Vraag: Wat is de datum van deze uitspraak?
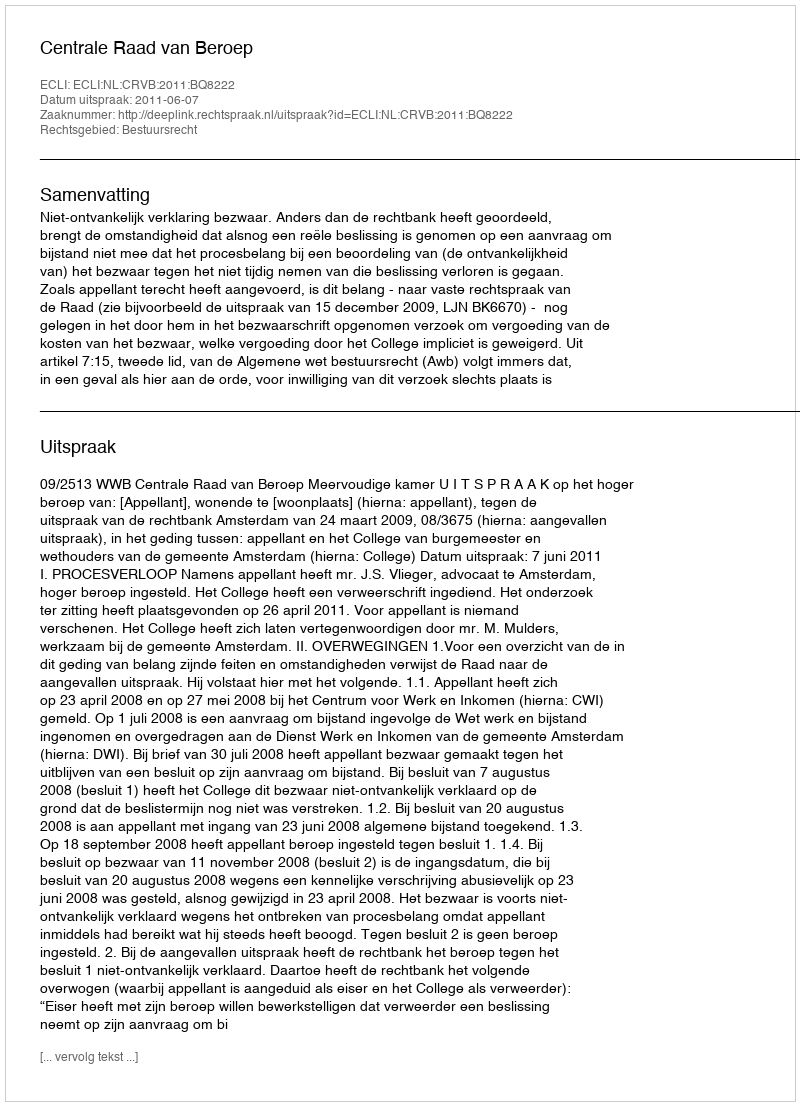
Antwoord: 2011-06-07